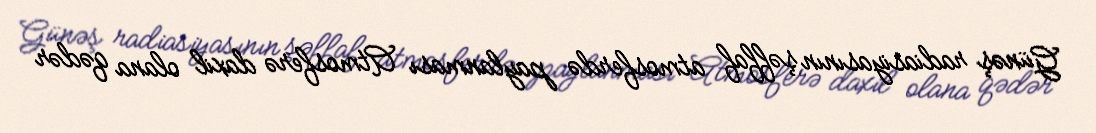
Günəş radiasiyasının şəffaf atmosferdə paylanması Atmosferə daxil olana qədər